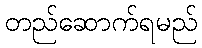
တည်ဆောက်ရမည်